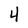
Character: 4